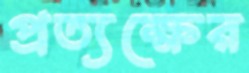
প্রত্যক্ষের